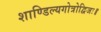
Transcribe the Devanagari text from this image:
शाण्डिल्यगोत्रोद्विजः॥